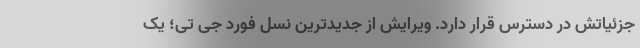
جزئیاتش در دسترس قرار دارد. ویرایش از جدیدترین نسل فورد جی تی؛ یک